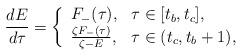
LaTeX: \begin{align*}\frac{dE}{d\tau} = \left\{ \begin{array}{ll}F_-(\tau), & \tau\in[t_b,t_c], \\\frac{\zeta F_-(\tau)}{\zeta - E},& \tau\in(t_c,t_b+1), \\\end{array} \right. \end{align*}